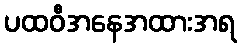
ပထဝီအနေအထားအရ